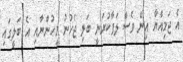
އެ ޖަމިއްޔާ އިން ވެސް ލަފާކުރަނީ ބަލި ޖެހުނު މީހުންނާއި އެ ބަލީގައި